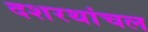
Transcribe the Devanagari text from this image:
दशरथांचल